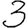
Digit: 3